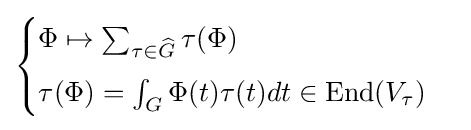
{\begin{cases}\Phi \mapsto \sum _{\tau \in {\widehat {G}}}\tau (\Phi )\\[5pt]\tau (\Phi )=\int _{G}\Phi (t)\tau (t)dt\in {\text{End}}(V_{\tau })\end{cases}}